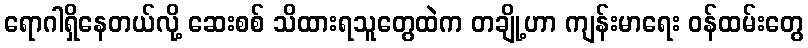
ရောဂါရှိနေတယ်လို့ ဆေးစစ် သိထားရသူတွေထဲက တချို့ဟာ ကျန်းမာရေး ဝန်ထမ်းတွေ